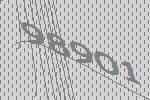
98901